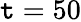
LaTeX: \mathtt{t}=50